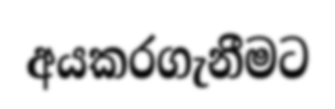
අයකරගැනීමට